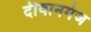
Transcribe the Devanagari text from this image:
दीवानगंज